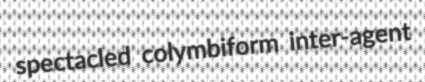
spectacled colymbiform inter-agent